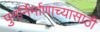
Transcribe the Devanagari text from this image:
पुनर्निर्माणाच्यासाठी